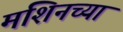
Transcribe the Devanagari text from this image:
मशिनच्या